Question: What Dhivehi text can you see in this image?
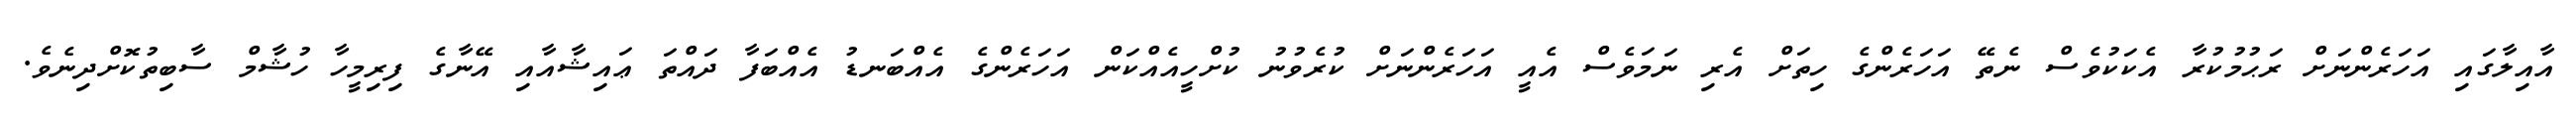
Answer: އާއިލާގައި އަހަރެންނަށް ރަޙުމުކުރާ އެކަކުވެސް ނެތޭ އަހަރެންގެ ހިތަށް އެރި ނަމަވެސް އެއީ އަހަރެންނަށް ކުރެވުނު ކުށްހީއެއްކަން އަހަރެންގެ އެއްބަނޑު އެއްބަފާ ދައްތަ ޢައިޝާއާއި އޭނާގެ ފިރިމީހާ ހުޝާމް ސާބިތުކޮށްދިނެވެ.